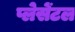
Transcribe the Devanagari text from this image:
प्लेसेंटल